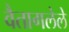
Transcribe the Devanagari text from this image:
वैतागलेले